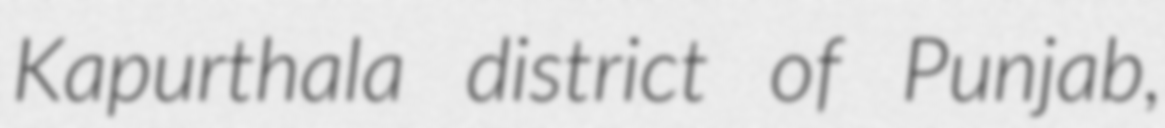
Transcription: Kapurthala district of Punjab,